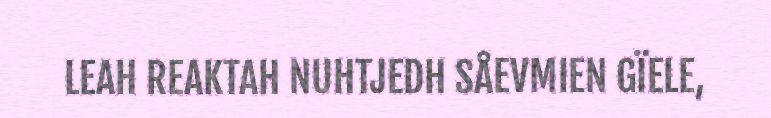
LEAH REAKTAH NUHTJEDH SÅEVMIEN GÏELE,